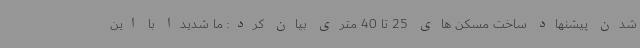
شدن پیشنهاد ساخت مسکن های 25 تا 40 متری بیان کرد: ما شدیدا با این